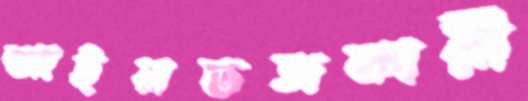
আইনভঙ্গকারী